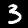
Digit: 3